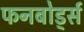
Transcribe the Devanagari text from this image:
फनबोर्ड्स